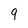
Character: 9